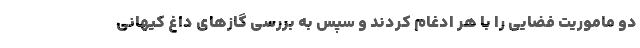
دو ماموریت فضایی را با هر ادغام کردند و سپس به بررسی گازهای داغ کیهانی